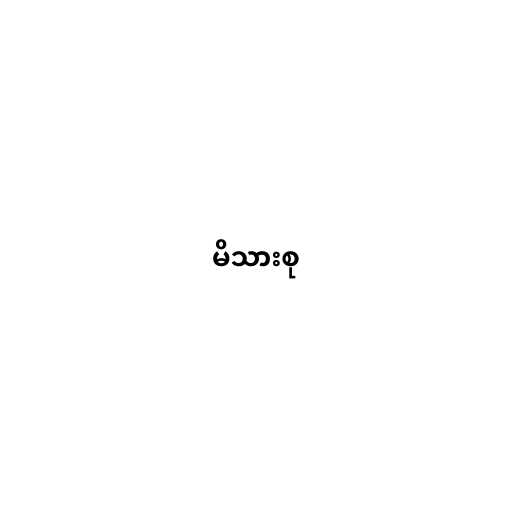
မိသားစု